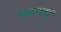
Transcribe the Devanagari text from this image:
एकारबहुल